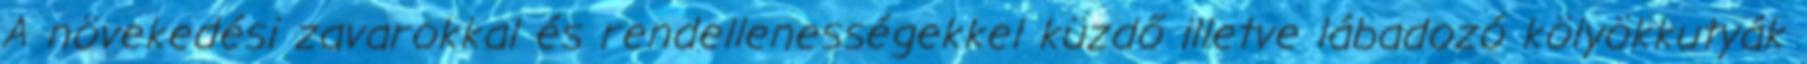
A növekedési zavarokkal és rendellenességekkel küzdő illetve lábadozó kölyökkutyák